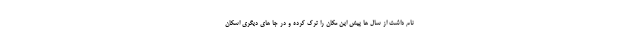
نام داشت از سال ها پیش این مکان را ترک کرده و در جا های دیگری اسکان